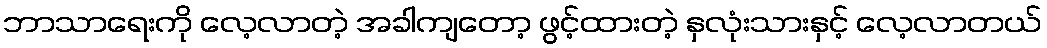
ဘာသာရေးကို လေ့လာတဲ့ အခါကျတော့ ဖွင့်ထားတဲ့ နှလုံးသားနှင့် လေ့လာတယ်